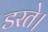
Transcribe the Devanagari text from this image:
डरते।